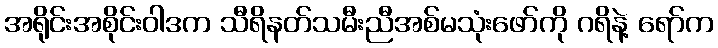
အရိုင်းအစိုင်းဝါဒက သီရိနတ်သမီးညီအစ်မသုံးဖော်ကို ဂရိနဲ့ ရော်က